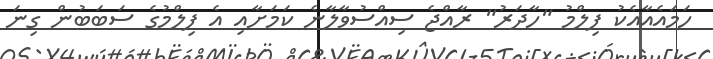
ހަމައެއާއެކު ފިލްމު "ހާދަރު" ރާއްޖެ ސިއްސުވާލާނެ ކަމަށާއި އެ ފިލްމުގެ ސަބަބުން ގިނަ